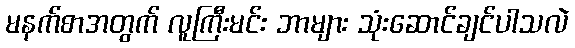
မနက်စာအတွက် လူကြီးမင်း ဘာများ သုံးဆောင်ချင်ပါသလဲ